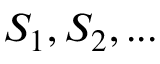
S _ { 1 } , S _ { 2 } , . . .